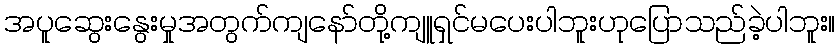
အပူဆွေးနွေးမှုအတွက်ကျနော်တို့ကျူရှင်မပေးပါဘူးဟုပြောသည်ခဲ့ပါဘူး။